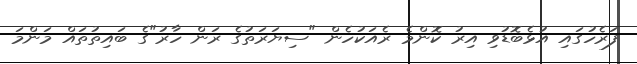
ފަރެހުގައި އުޅެބޮޑުވި އިރު ކޮންމެ ރެއަކުހެން "ސިޔަރަތުގެ ރަން ހާރު"ގެ ބައިތުތައް މަންމަ